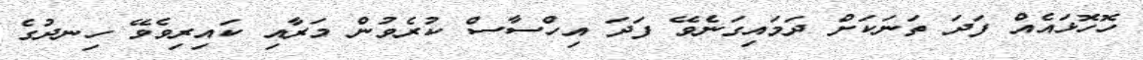
ހޮހޮޅައެއް ފަދަ ތަނަކަށް ދަމައިގަނެވޭ ފަދަ އިހްސާސް ކުރެވުން މަރާއި ކައިރިވެވޭ ހިނދުގެ